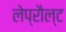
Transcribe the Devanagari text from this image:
लेप्रौल्ट